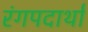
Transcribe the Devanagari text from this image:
रंगपदार्थां